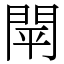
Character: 閛